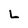
Character: L